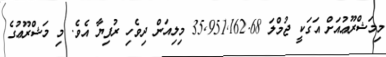
މިމަޝްރޫޢުއަށް އަގަކީ ޖުމްލަ 35